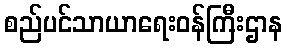
စည်ပင်သာယာရေးဝန်ကြီးဌာန